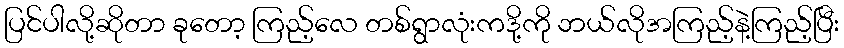
ပြင်ပါလို့ဆိုတာ ခုတော့ ကြည့်လေ တစ်ရွာလုံးကဒို့ကို ဘယ်လိုအကြည့်နဲ့ကြည့်ပြီး